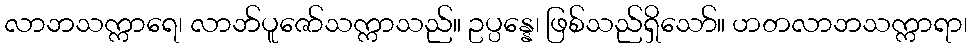
လာဘသက္ကာရေ၊ လာဘ်ပူဇော်သက္ကာသည်။ ဥပ္ပန္နေ၊ ဖြစ်သည်ရှိသော်။ ဟတလာဘသက္ကာရာ၊